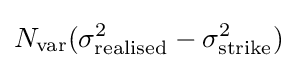
N_{\operatorname {var} }(\sigma _{\text{realised}}^{2}-\sigma _{\text{strike}}^{2})